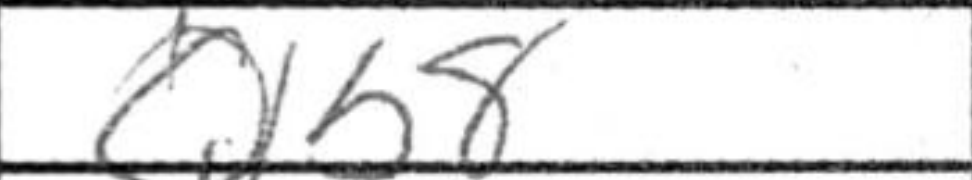
Transcription: Qb8